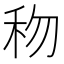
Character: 𥝤